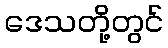
ဒေသတို့တွင်